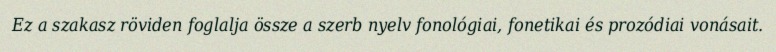
Ez a szakasz röviden foglalja össze a szerb nyelv fonológiai, fonetikai és prozódiai vonásait.